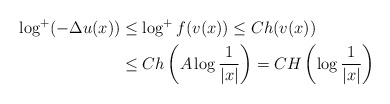
\begin{align*}\log^+(-\Delta u(x))&\le \log^+f(v(x))\le Ch(v(x))\\ &\le Ch\left(A\log\frac{1}{|x|}\right)=CH\left(\log\frac{1}{|x|}\right)\end{align*}